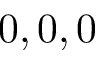
0 , 0 , 0